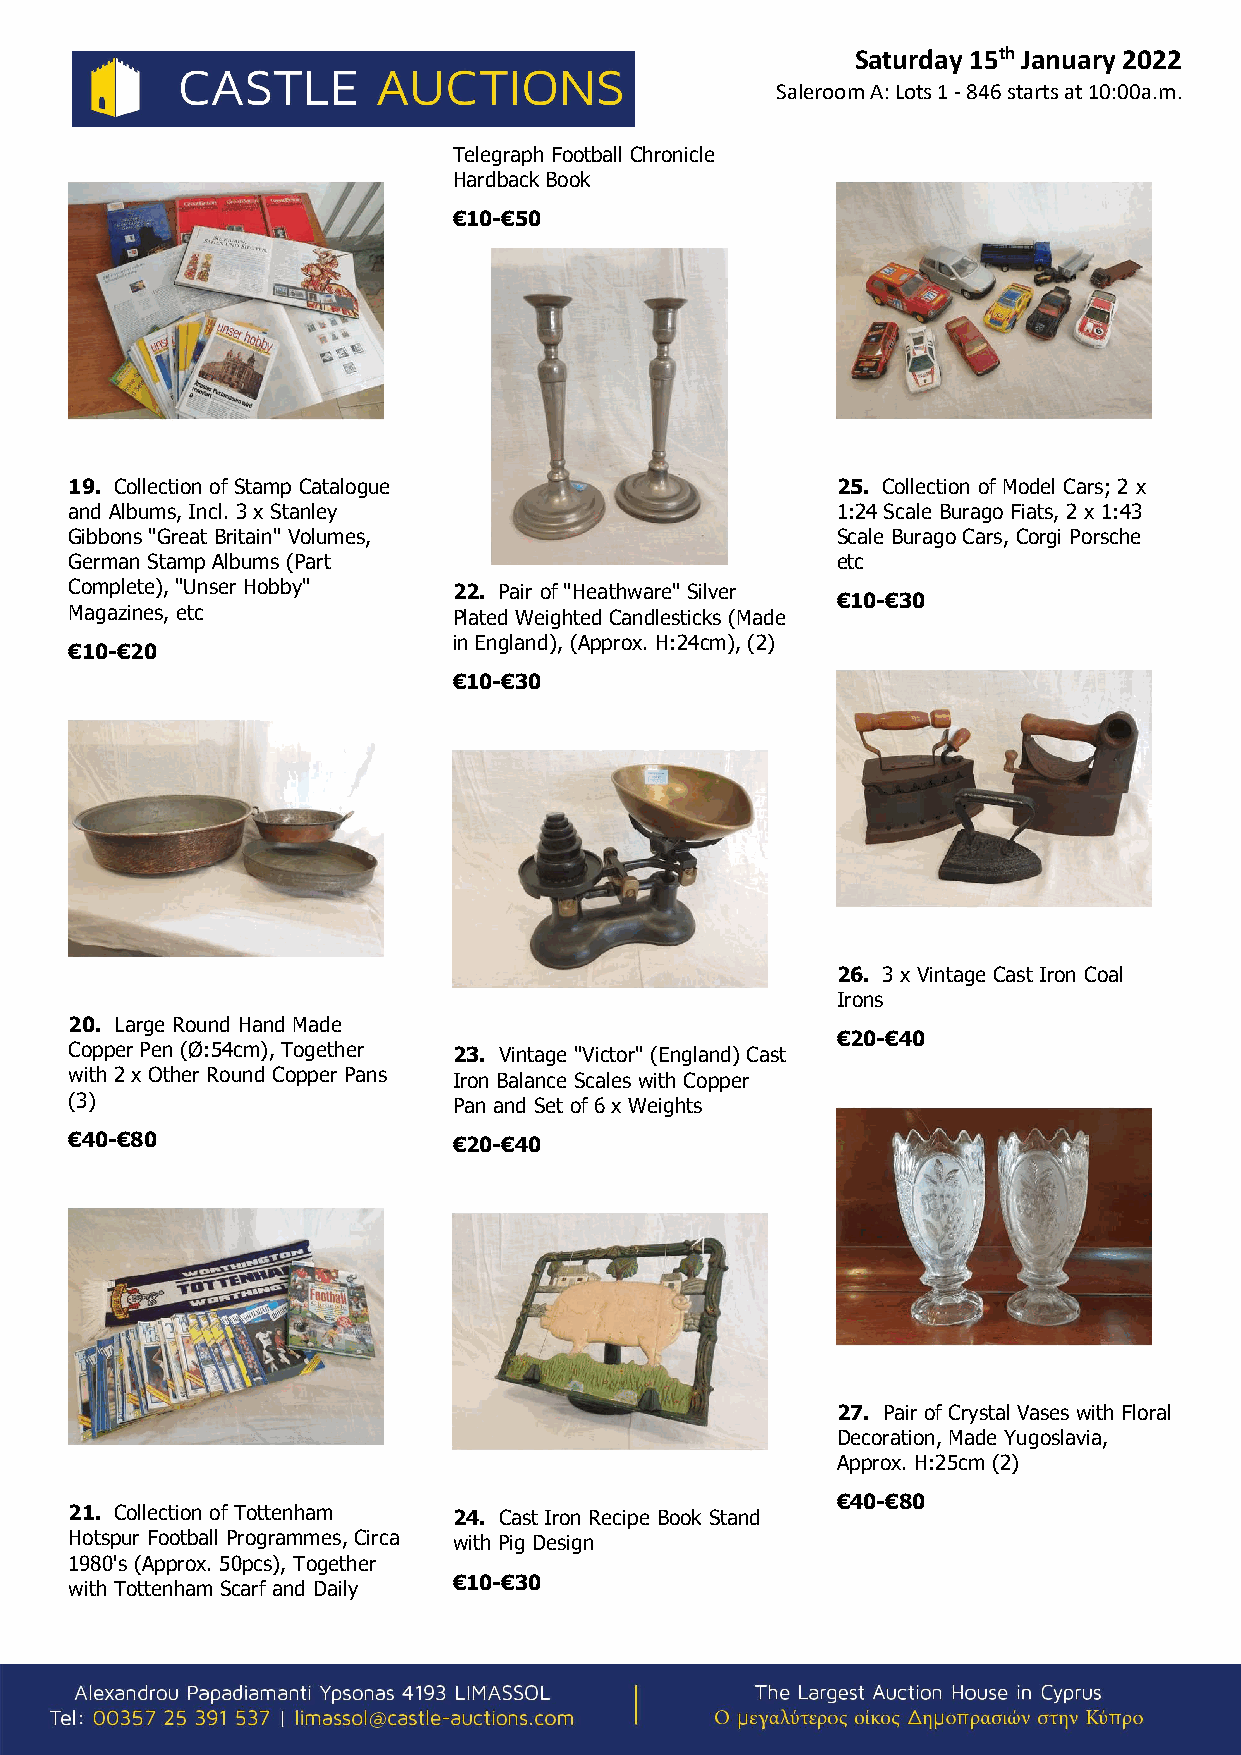
Saturday 15th January 2022
 Saleroom A: Lots 1 - 846 starts at 10:00a.m.
 Telegraph Football Chronicle
 Hardback Book
 €10-€50
 19. Collection of Stamp Catalogue                 25. Collection of Model Cars; 2 x
 and Albums, Incl. 3 x Stanley                     1:24 Scale Burago Fiats, 2 x 1:43
 Gibbons "Great Britain" Volumes,                  Scale Burago Cars, Corgi Porsche
 German Stamp Albums (Part                         etc
 Complete), "Unser Hobby" 22. Pair of "Heathware" Silver
 €10-€30
 Magazines, etc           Plated Weighted Candlesticks (Made
 in England), (Approx. H:24cm), (2)
 €10-€20
 €10-€30
 26. 3 x Vintage Cast Iron Coal
 Irons
 20. Large Round Hand Made
 €20-€40
 Copper Pen (Ø:54cm), Together 23. Vintage "Victor" (England) Cast
 with 2 x Other Round Copper Pans Iron Balance Scales with Copper
 (3)                      Pan and Set of 6 x Weights
 €40-€80                  €20-€40
 27. Pair of Crystal Vases with Floral
 Decoration, Made Yugoslavia,
 Approx. H:25cm (2)
 €40-€80
 21. Collection of Tottenham 24. Cast Iron Recipe Book Stand
 Hotspur Football Programmes, Circa with Pig Design
 1980's (Approx. 50pcs), Together
 with Tottenham Scarf and Daily €10-€30